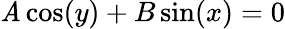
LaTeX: \mathit{A}\cos(y)+B\sin(x)=0